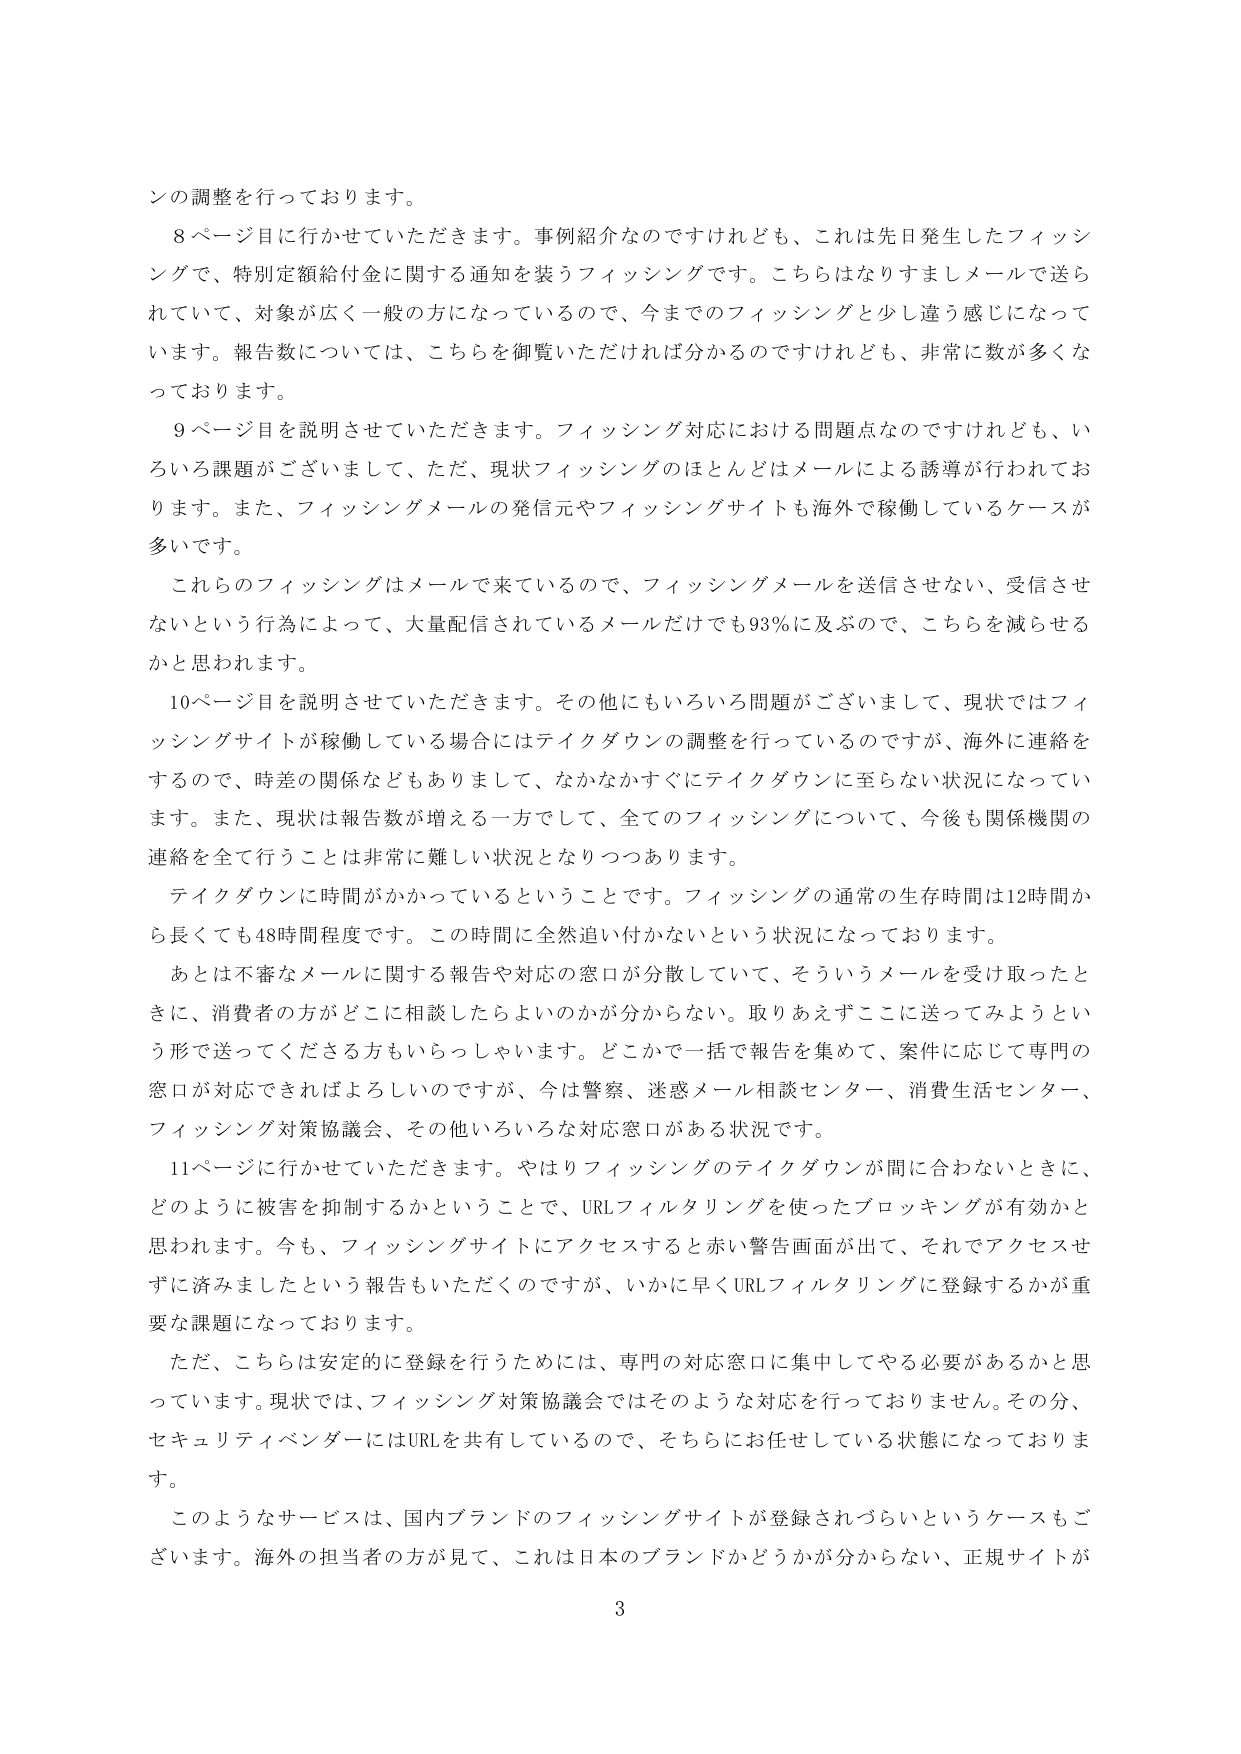
ンの調整を行っております。

8ページ目に行かせていただきます。事例紹介なのですが、これは先日発生したフィッシングで、特別定額給付金に関する通知を装うフィッシングです。こちらはなりすましメールで送られていて、対象が広く一般の方になっているので、今までのフィッシングと少し違う感じになっています。報告数については、こちらを御覧いただければ分かるのですが、非常に数が多くなっております。

9ページ目を説明させていただきます。フィッシング対応における問題点なのですが、いろいろ課題がございまして、ただ、現状フィッシングのほとんどはメールによる誘導が行われております。また、フィッシングメールの発信元やフィッシングサイトも海外で稼働しているケースが多いです。

これらのフィッシングはメールで来ているので、フィッシングメールを送信させない、受信させないという行為によって、大量配信されているメールだけでも93％に及ぶので、こちらを減らせるかと思われます。

10ページ目を説明させていただきます。その他にもいろいろ問題がございまして、現状ではフィッシングサイトが稼働している場合にはテイクダウンの調整を行っているのですが、海外に連絡をするので、時差の関係などもありまして、なかなかすぐにテイクダウンに至らない状況になっています。また、現状は報告数が増える一方で、全てのフィッシングについて、今後も関係機関の連絡を全て行うことは非常に難しい状況となりつつあります。

テイクダウンに時間がかかっているということです。フィッシングの通常の生存時間は12時間から長くても数48時間程度です。この時間に全然追い付かないという状況になっております。

あとは不審なメールに関する報告や対応の窓口が分散していて、そういうメールを受け取ったときに、消費者の方がどこに相談したらよいのかが分からない。取りあえずここに送ってみようという形で送ってくださる方もいらっしゃいます。どこかで一括で報告を集めて、案件に応じて専門の窓口が対応できればよろしいのですが、今は警察、迷惑メール相談センター、消費生活センター、フィッシング対策協議会、その他いろいろな対応窓口がある状況です。

11ページに行かせていただきます。やはりフィッシングのテイクダウンが間に合わないときに、どのように被害を抑制するかということで、URLフィルタリングを使ったブロッキングが有効かと思われます。今も、フィッシングサイトにアクセスすると赤い警告画面が出て、それでアクセスせずに済みましたという報告もいただくのですが、いかに早くURLフィルタリングに登録するかが重要な課題となっております。

ただ、こちらは安定的に登録を行うためには、専門の対応窓口に集中してやる必要があるかと思っています。現状では、フィッシング対策協議会ではそのような対応を行っておりません。その分、セキュリティベンダーにはURLを共有しているので、そちらにお任せしている状態になっております。

このようなサービスは、国内ブランドのフィッシングサイトが登録されづらいというケースもございます。海外の担当者の方が見て、これは日本のブランドかどうかが分からない、正規サイトが

3